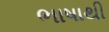
ભાષાથી